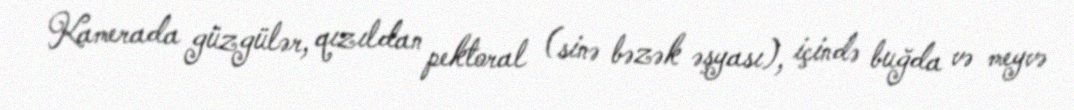
Kamerada güzgülər, qızıldan pektoral (sinə bəzək əşyası), içində buğda və meyvə